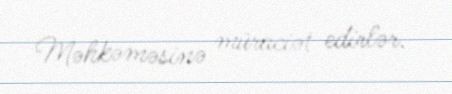
Məhkəməsinə müraciət edirlər.